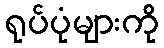
ရုပ်ပုံများကို